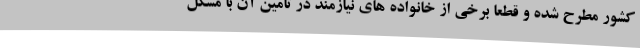
کشور مطرح شده و قطعا برخی از خانواده های نیازمند در تامین آن با مشکل